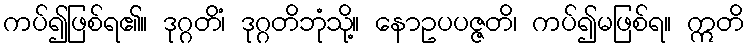
ကပ်၍ဖြစ်ရ၏။ ဒုဂ္ဂတိံ၊ ဒုဂ္ဂတိဘုံသို့။ နောဥပပဇ္ဇတိ၊ ကပ်၍မဖြစ်ရ။ ဣတိ